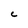
Character: C